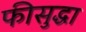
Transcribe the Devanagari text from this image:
फीसुद्धा